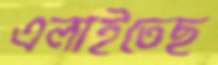
এলাইতেছ